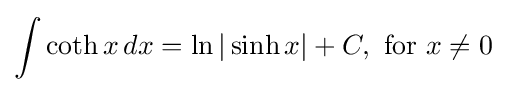
\int \coth x\,dx=\ln |\sinh x|+C,{\text{ for }}x\neq 0